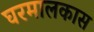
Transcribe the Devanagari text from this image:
घरमालकास